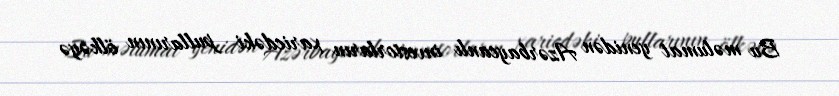
Bu məlumat yenidən Azərbaycanlı investorların xaricdəki pullarının ölkəyə